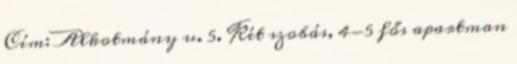
Cím: Alkotmány u. 5. Két szobás, 4-5 fős apartman